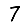
Digit: 7